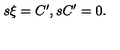
\begin{matrix} { s \xi = C ^ { \prime } , } & { s C ^ { \prime } = 0 . } \\ \end{matrix}